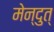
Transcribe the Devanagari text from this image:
मेन्दुत्